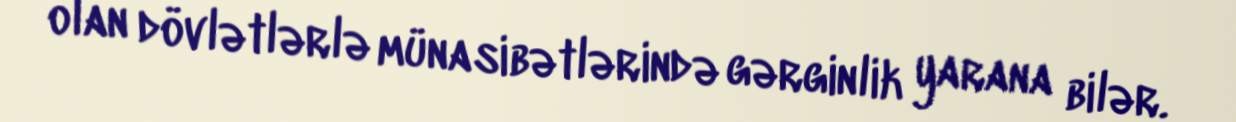
olan dövlətlərlə münasibətlərində gərginlik yarana bilər.